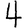
Digit: 4